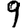
Digit: 9